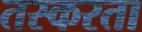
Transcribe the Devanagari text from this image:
तस्करता